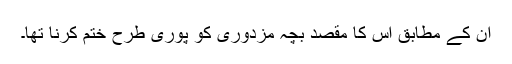
ان کے مطابق اس کا مقصد بچہ مزدوری کو پوری طرح ختم کرنا تھا۔